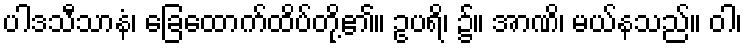
ပါဒသီသာနံ၊ ခြေထောက်ထိပ်တို့၏။ ဥပရိ၊ ၌။ အာဏိ၊ မယ်နသည်။ ဝါ၊